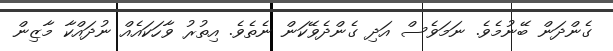
ގެންދަން ބޭނުމެވެ. ނަމަވެސް އަދި ގެންދެވޭކަން ނެތެވެ. އިތުރު ވާހަކައެއް ނުދައްކާ މާޒިން